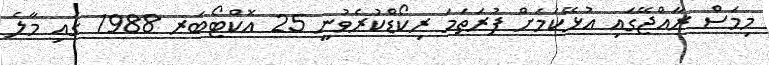
މިމަސް ރާއްޖޭގައި އުޅޭކަމަށް ފުރަތަމަ ރިކޯޑްކުރެވުނީ 25 އޮކްޓޯބަރ 1988 ގައި މާލެ